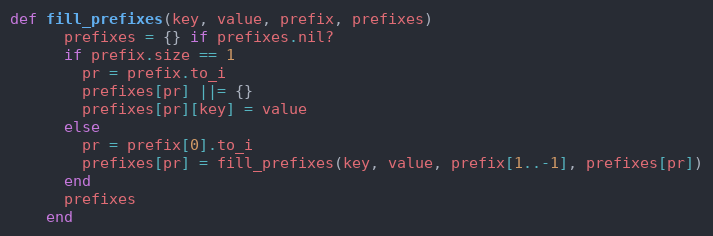
Language: Ruby
def fill_prefixes(key, value, prefix, prefixes)
      prefixes = {} if prefixes.nil?
      if prefix.size == 1
        pr = prefix.to_i
        prefixes[pr] ||= {}
        prefixes[pr][key] = value
      else
        pr = prefix[0].to_i
        prefixes[pr] = fill_prefixes(key, value, prefix[1..-1], prefixes[pr])
      end
      prefixes
    end